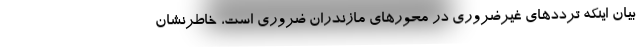
بیان اینکه ترددهای غیرضروری در محورهای مازندران ضروری است، خاطرنشان